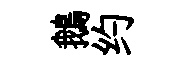
鵝约